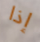
إذا